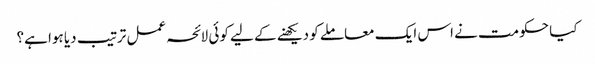
کیا حکومت نے اس ایک معاملے کو دیکھنے کے لیے کوئی لائحہ عمل ترتیب دیا ہوا ہے؟